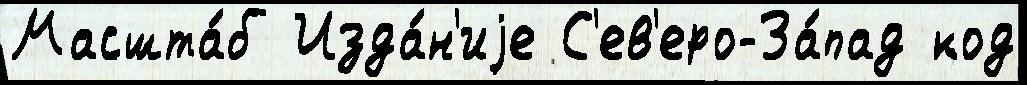
Масшта́б Изда́н'иjе С'ев'еро-За́пад код